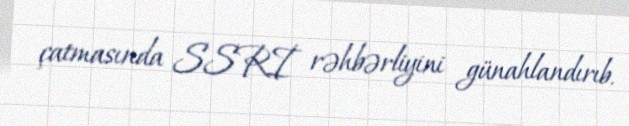
çatmasında SSRİ rəhbərliyini günahlandırıb.